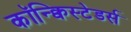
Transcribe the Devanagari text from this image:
कॉन्क्विस्टेडर्स